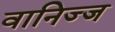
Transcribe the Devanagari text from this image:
वानिज्ज